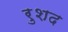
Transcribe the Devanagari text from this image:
रुशद